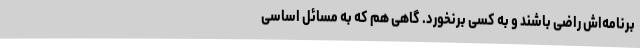
برنامه‌اش راضی باشند و به کسی برنخورد. گاهی هم که به مسائل اساسی